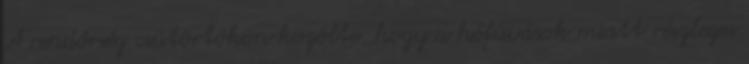
A rendőrség csütörtökön közölte, hogy a hófúvások miatt részleges